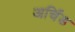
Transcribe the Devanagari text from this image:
अर्चिंड